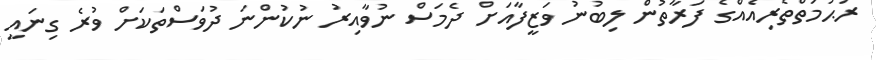
ރަޙުމަތްތެރިއެއްގެ ފަރާތުން ލިބުނު ވަޒީފާއަށް ދެމަސް ނުވާއިރު ނުކުންނަ ދުވަސްތަކަށް ވުރެ ގިނައީ